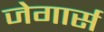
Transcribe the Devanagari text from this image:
जेगार्स